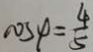
\cos \varphi = \frac { 4 } { 5 }